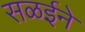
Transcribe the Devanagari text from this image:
सळईने